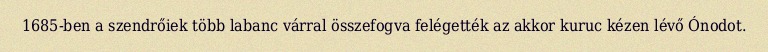
1685-ben a szendrőiek több labanc várral összefogva felégették az akkor kuruc kézen lévő Ónodot.